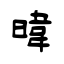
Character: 暐